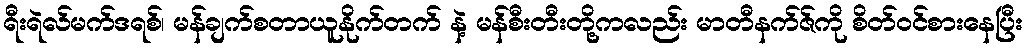
ရီးရဲလ်မက်ဒရစ်၊ မန်ချက်စတာယူနိုက်တက် နဲ့ မန်စီးတီးတို့ကလည်း မာတီနက်ဇ်ကို စိတ်ဝင်စားနေပြီး